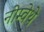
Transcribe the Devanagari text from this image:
नोम्वेथे